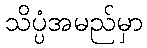
သိပ္ပံအမည်မှာ